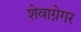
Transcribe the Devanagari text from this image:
शेवाग्नेगर